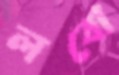
লবো